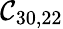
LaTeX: \mathcal{C}_{30,22}